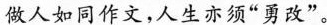
做人如同作文，人生亦须“勇改”